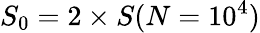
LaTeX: S_{\mathrm{0}}=2\times S(N=10^{4})